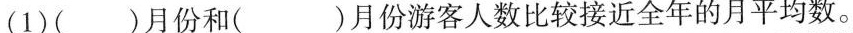
(1)( )月份和( )月份游客人数比较接近全年的月平均数。